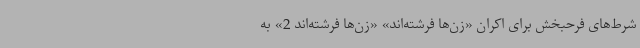
شرط‌های فرحبخش برای اکران «زن‌ها فرشته‌اند» «زن‌ها فرشته‌اند 2» به